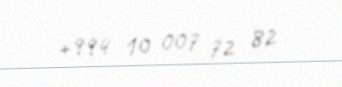
+994 10 007 72 82